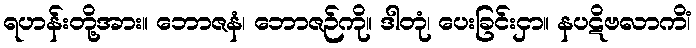
ရဟန်းတို့အား။ ဘောဇနံ၊ ဘောဇဉ်ကို။ ဒါတုံ၊ ပေးခြင်းငှာ။ နပဋိဗလာကိံ၊